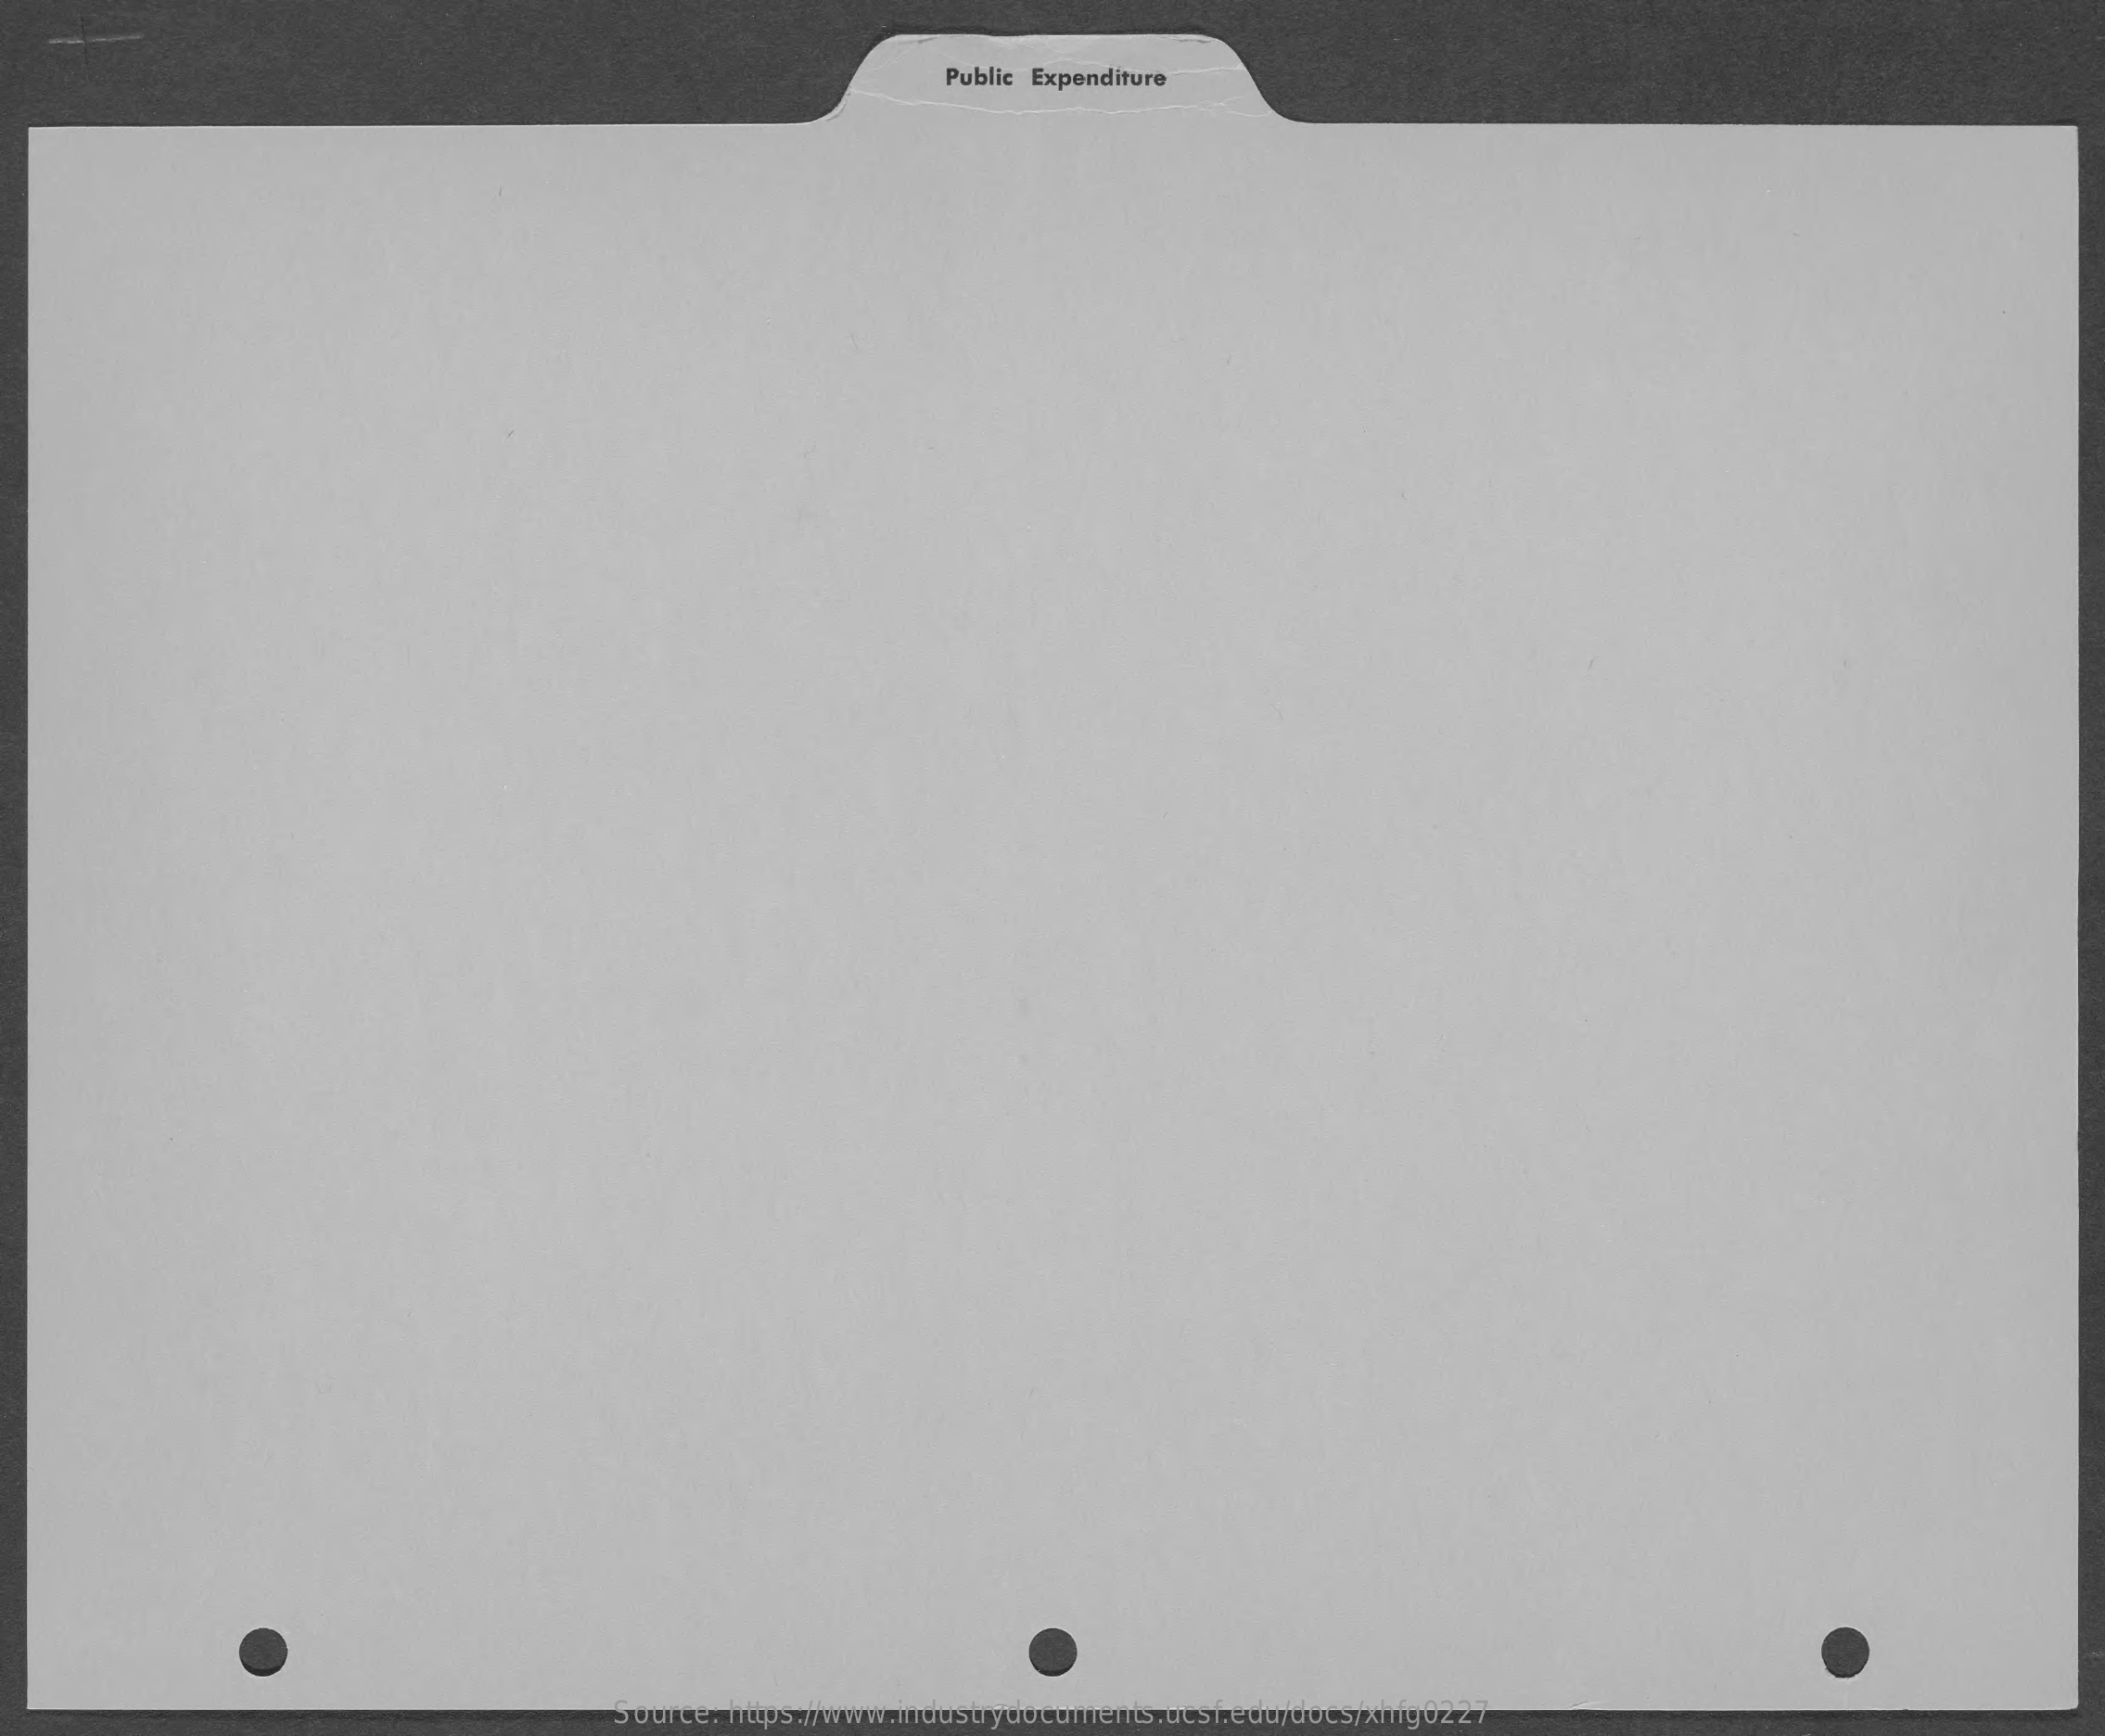
Public Expenditure
     Source: https://www.industrydocuments.ucsf.edu/docs/xhfg0227